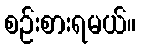
စဉ်းစားရမယ်။